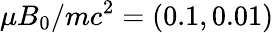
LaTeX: \mu B_{0}/mc^{2}=(0.1,0.01)